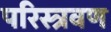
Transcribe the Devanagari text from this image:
परिस्त्रवण